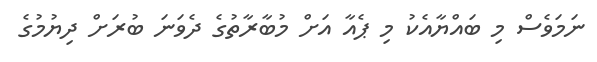
ނަމަވެސް މި ބައްޔާއެކު މި ޕެއާ އަށް މުބާރާތުގެ ދެވަނަ ބުރަށް ދިޔުމުގެ